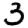
Digit: 3